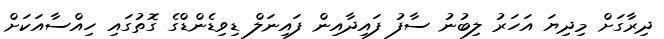
ދިރާގަށް މިދިޔަ އަހަރު ލިބުނު ސާފު ފައިދާއިން ފައިނަލް ޑިވިޑެންޑްގެ ގޮތުގައި ހިއްސާއަކަށް